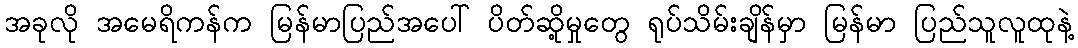
အခုလို အမေရိကန်က မြန်မာပြည်အပေါ် ပိတ်ဆို့မှုတွေ ရုပ်သိမ်းချိန်မှာ မြန်မာ ပြည်သူလူထုနဲ့